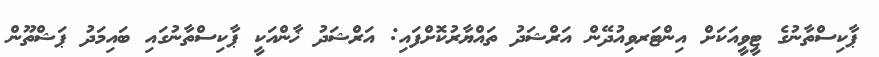
ޕާކިސްތާނުގެ ޓީވީއަކަށް އިންޓަރވިއުދޭން އަރްޝަދު ތައްޔާރުކޮށްފައި: އަރްޝަދު ޚާންއަކީ ޕާކިސްތާނުގައި ބައިމަދު ޕަޝްތޫން